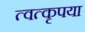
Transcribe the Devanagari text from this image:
त्वत्कृपया